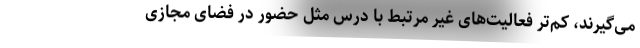
می‌گیرند، کم‌تر فعالیت‌های غیر مرتبط با درس مثل حضور در فضای مجازی